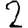
Digit: 2